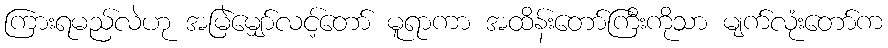
ကြားရမည်လဲဟု အမြဲမျှော်လင့်တော် မူရာကာ အထိန်းတော်ကြီးကိုသာ မျက်လုံးတော်က